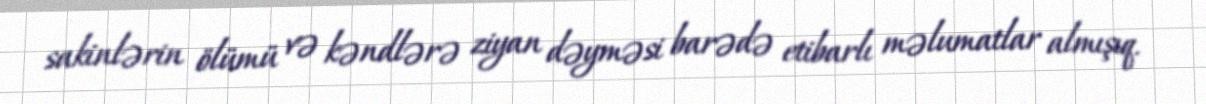
sakinlərin ölümü və kəndlərə ziyan dəyməsi barədə etibarlı məlumatlar almışıq.